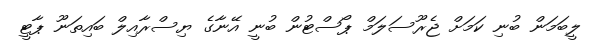
ލީބަމަން ބުނި ކަމަށް ޖެރޫސަލަމް ޕޯސްޓުން ބުނީ އޭނާގެ ޔިސްރާއިލް ބައިތަނޫ ޕާޓީ